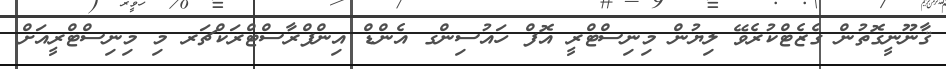
ޤާނޫނީގޮތުން ގެޒެޓްކުރެވޭ ލިޔުން މިނިސްޓްރީ އޮފް ހައުސިންގ އެންޑް އިންފްރާސްޓްރަކްޗަރ މި މިނިސްޓްރީއަށް